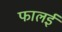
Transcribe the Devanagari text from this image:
फालई